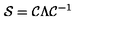
{ \cal S } = { \cal C } \Lambda { \cal C } ^ { - 1 }